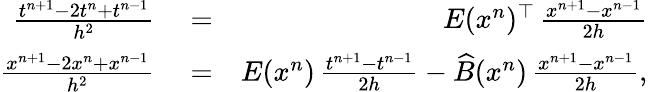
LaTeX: \begin{array}{rlr}{\frac{t^{n+1}-2t^{n}+t^{n-1}}{h^{2}}}&{{}=}&{E(x^{n})^{\top}\, \frac{x^{n+1}-x^{n-1}}{2h}}\\ {\frac{x^{n+1}-2x^{n}+x^{n-1}}{h^{2}}}&{{}=}&{E(x^{n})\, \frac{t^{n+1}-t^{n-1}}{2h}-\widehat B(x^{n})\, \frac{x^{n+1}-x^{n-1}}{2h},}\end{array}